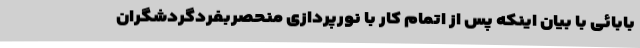
بابائی با بیان اینکه پس از اتمام کار با نورپردازی منحصربفردگردشگران